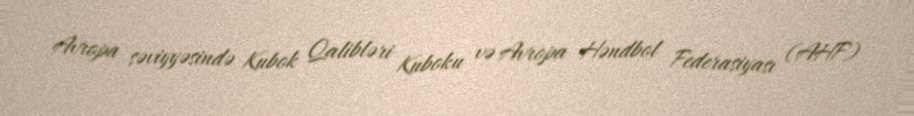
Avropa səviyyəsində Kubok Qalibləri Kuboku və Avropa Həndbol Federasiyası (AHF)